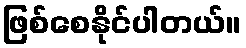
ဖြစ်စေနိုင်ပါတယ်။